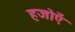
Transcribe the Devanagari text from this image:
हजोएँ